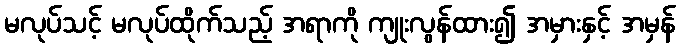
မလုပ်သင့် မလုပ်ထိုက်သည့် အရာကို ကျုးလွန်ထား၍ အမှားနှင့် အမှန်